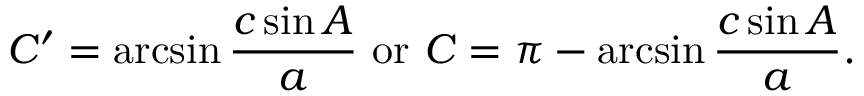
C ^ { \prime } = \arcsin { \frac { c \sin A } { a } } { \mathrm { ~ o r ~ } } C = \pi - \arcsin { \frac { c \sin A } { a } } .